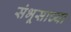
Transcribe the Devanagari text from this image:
संभूसाच्या